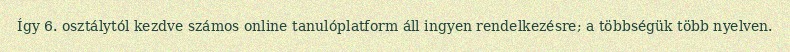
Így 6. osztálytól kezdve számos online tanulóplatform áll ingyen rendelkezésre; a többségük több nyelven.